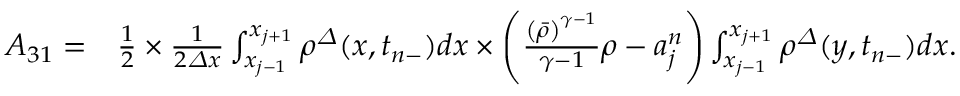
\begin{array} { r l } { A _ { 3 1 } = } & { \frac 1 2 \times \frac 1 { 2 { \varDelta } x } \int _ { x _ { j - 1 } } ^ { x _ { j + 1 } } { \rho } ^ { \varDelta } ( x , t _ { n - } ) d x \times \left( \frac { \left( \bar { \rho } \right) ^ { \gamma - 1 } } { \gamma - 1 } \rho - a _ { j } ^ { n } \right) \int _ { x _ { j - 1 } } ^ { x _ { j + 1 } } { \rho } ^ { \varDelta } ( y , t _ { n - } ) d x . } \end{array}